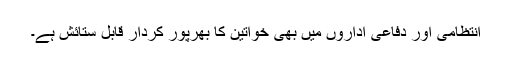
انتظامی اور دفاعی اداروں میں بھی خواتین کا بھرپور کردار قابل ستائش ہے۔